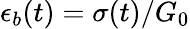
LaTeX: \epsilon_{b}(t)=\sigma(t)/G_{0}